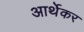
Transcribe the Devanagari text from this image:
आर्थेकर